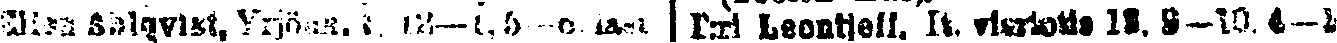
Ellen Ahlqvist, Yrjönk. #, 12—1,5—6.last  T:ri Leontjeff, It. viertotie 13, 9—10, 4—#